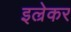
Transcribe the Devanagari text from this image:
इल्रेकर